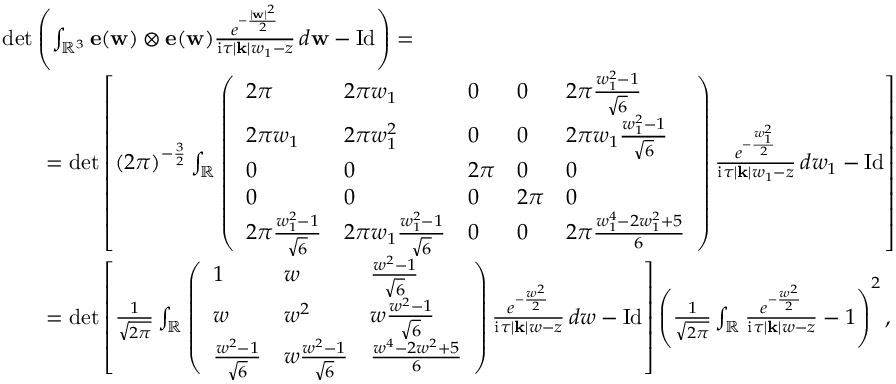
\begin{array} { r l } & { \operatorname* { d e t } \left( \int _ { \mathbb { R } ^ { 3 } } \mathbf { e } ( \mathbf { w } ) \otimes \mathbf { e } ( \mathbf { w } ) \frac { e ^ { - \frac { | \mathbf { w } | ^ { 2 } } { 2 } } } { \mathrm { i } \tau | \mathbf { k } | w _ { 1 } - z } \, d \mathbf { w } - \mathrm { I d } \right) = } \\ & { \qquad = \operatorname* { d e t } \left[ ( 2 \pi ) ^ { - \frac { 3 } { 2 } } \int _ { \mathbb { R } } \left( \begin{array} { l l l l l } { 2 \pi } & { 2 \pi w _ { 1 } } & { 0 } & { 0 } & { 2 \pi \frac { w _ { 1 } ^ { 2 } - 1 } { \sqrt { 6 } } } \\ { 2 \pi w _ { 1 } } & { 2 \pi w _ { 1 } ^ { 2 } } & { 0 } & { 0 } & { 2 \pi w _ { 1 } \frac { w _ { 1 } ^ { 2 } - 1 } { \sqrt { 6 } } } \\ { 0 } & { 0 } & { 2 \pi } & { 0 } & { 0 } \\ { 0 } & { 0 } & { 0 } & { 2 \pi } & { 0 } \\ { 2 \pi \frac { w _ { 1 } ^ { 2 } - 1 } { \sqrt { 6 } } } & { 2 \pi w _ { 1 } \frac { w _ { 1 } ^ { 2 } - 1 } { \sqrt { 6 } } } & { 0 } & { 0 } & { 2 \pi \frac { w _ { 1 } ^ { 4 } - 2 w _ { 1 } ^ { 2 } + 5 } { 6 } } \end{array} \right) \frac { e ^ { - \frac { w _ { 1 } ^ { 2 } } { 2 } } } { \mathrm { i } \tau | \mathbf { k } | w _ { 1 } - z } \, d w _ { 1 } - \mathrm { I d } \right] } \\ & { \qquad = \operatorname* { d e t } \left[ \frac { 1 } { \sqrt { 2 \pi } } \int _ { \mathbb { R } } \left( \begin{array} { l l l } { 1 } & { w } & { \frac { w ^ { 2 } - 1 } { \sqrt { 6 } } } \\ { w } & { w ^ { 2 } } & { w \frac { w ^ { 2 } - 1 } { \sqrt { 6 } } } \\ { \frac { w ^ { 2 } - 1 } { \sqrt { 6 } } } & { w \frac { w ^ { 2 } - 1 } { \sqrt { 6 } } } & { \frac { w ^ { 4 } - 2 w ^ { 2 } + 5 } { 6 } } \end{array} \right) \frac { e ^ { - \frac { w ^ { 2 } } { 2 } } } { \mathrm { i } \tau | \mathbf { k } | w - z } \, d w - \mathrm { I d } \right] \left( \frac { 1 } { \sqrt { 2 \pi } } \int _ { \mathbb { R } } \frac { e ^ { - \frac { w ^ { 2 } } { 2 } } } { \mathrm { i } \tau | \mathbf { k } | w - z } - 1 \right) ^ { 2 } , } \end{array}